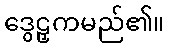
ဒွေဠှကမည်၏။